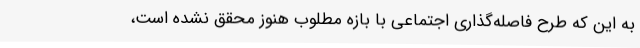
به این که طرح فاصله‌گذاری اجتماعی با بازه مطلوب هنوز محقق نشده است،